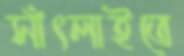
সাঁৎলাইতে